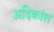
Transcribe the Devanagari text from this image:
अदिकांश